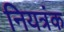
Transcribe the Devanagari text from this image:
नियत्रंक